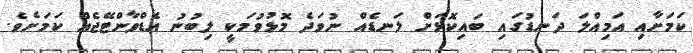
ކަމަށާއި އަމިއްލަ ދަނޑުގައި ބައިކޮޅަށް ލަނޑެއް ނުވަދެ މޮޅުވުމަކީ ލިބުނު އެޑްވާންޓޭޖެއް ކަަމަށެވެ.